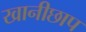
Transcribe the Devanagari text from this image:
खानीछाप